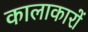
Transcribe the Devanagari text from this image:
कालाकारों